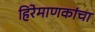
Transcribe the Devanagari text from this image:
हिरेमाणकांचा